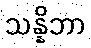
သန္နိဘာ